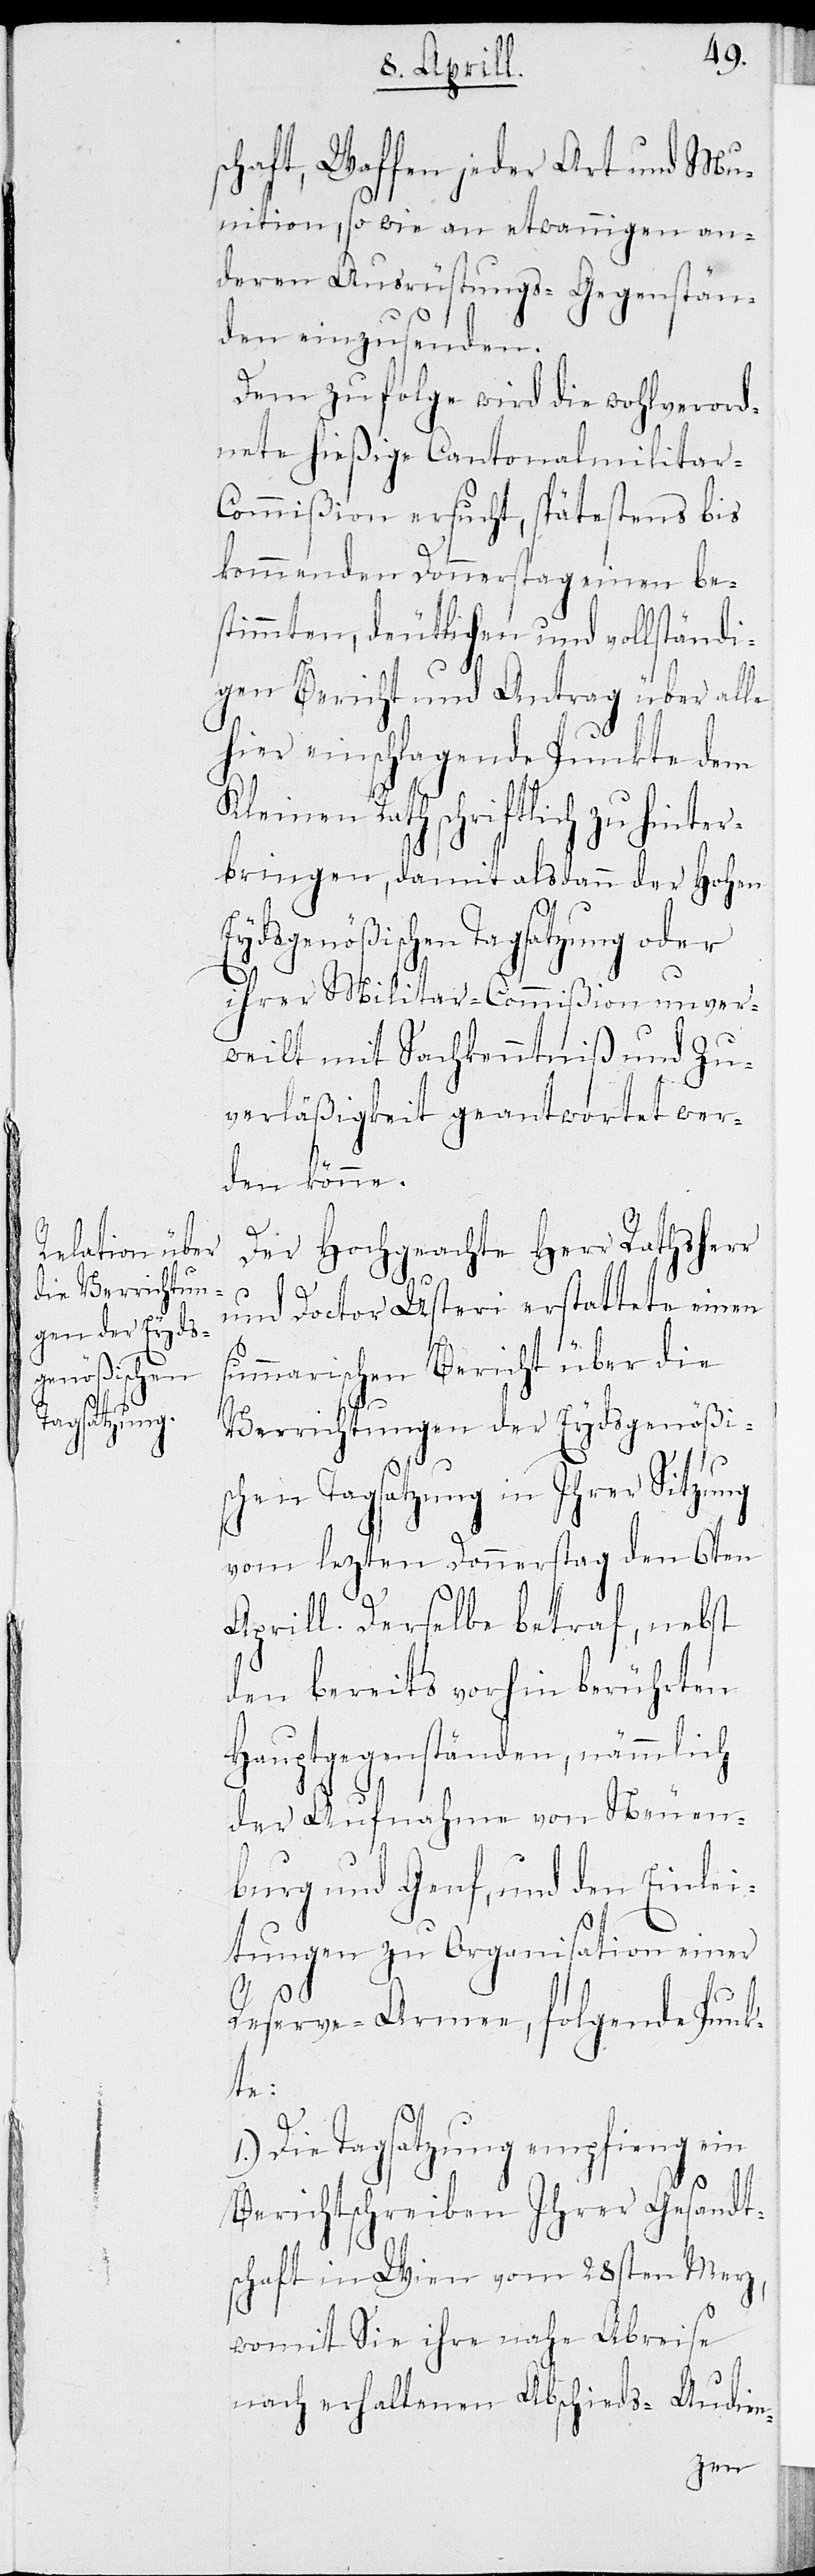
chaft, Waffen jeder Art und Mu¬
nition, so wie an etwannigen an¬
deren Ausrüstungs-Gegenstän¬
den einzusenden.
Dem zu folge wird die wohlverord¬
nete hießige Cantonalmilitar-C¬
ommißion ersucht, spätestens bis
kommenden Donnerstag einen be¬
stimmten, deutlichen und vollständi¬
gen Bericht und Antrag über alle
hier einschlagende Punkte dem
Kleinen Rath schriftlich zu hinter¬
bringen, damit alsdann der Hohen
Eydsgenößischen Tagsatzung oder
ihrer Militar-Commißion unver¬
weilt mit SachKenntniß und Zu¬
verläßigkeit geantwortet wer¬
den könne.
Der Hochgeachte Herr Rathsherr
und Doctor Usteri erstattete einen
summarischen Bericht über die
Verrichtungen der Eydsgenößi¬
schen Tagsatzung in Ihrer Sitzung
vom lezten Donnerstag den 6ten
Aprill. Derselbe betraf, nebst
den bereits vorhin berührten
Hauptgegenständen, nämmlich
der Aufnahme von Neuen¬
burg und Genf, und den Einlei¬
tungen zu Organisation einer
Reserve-Armee, folgende Punk¬
te:
1.) Die Tagsatzung empfieng ein
s¬
Berichtschreiben Ihrer Gesandt¬
schaft in Wien vom 28sten Merz,
womit sie ihre nahe Abreise
nach erhaltenen Abschieds-Audien-